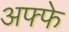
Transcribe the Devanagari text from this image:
अफ्फे